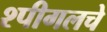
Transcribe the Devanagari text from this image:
श्पीगलचे